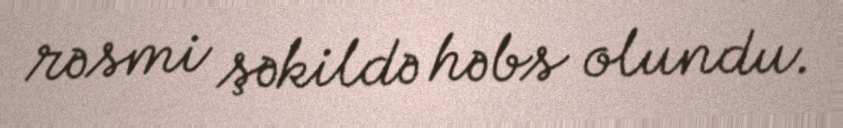
rəsmi şəkildə həbs olundu.